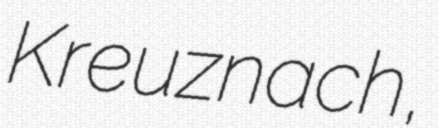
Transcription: Kreuznach,